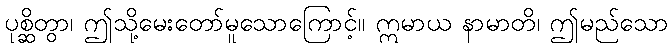
ပုစ္ဆိတွာ၊ ဤသို့မေးတော်မူသောကြောင့်။ ဣမာယ နာမာတိ၊ ဤမည်သော